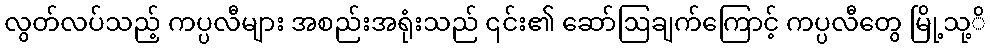
လွတ်လပ်သည့် ကပ္ပလီများ အစည်းအရုံးသည် ၎င်း၏ ဆော်ဩချက်ကြောင့် ကပ္ပလီတွေ မြို့သု့ိ